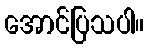
အောင်ပြသပါ။